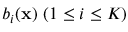
b _ { i } ( \mathbf { x } ) \ ( 1 \leq i \leq K )